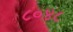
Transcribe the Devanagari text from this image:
८०४८